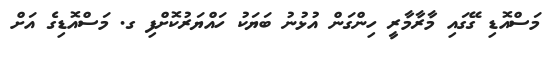
މަސްއޮޑި ގޭގައި މާރާމާރީ ހިންގަން އުޅުނު ބަޔަކު ހައްޔަރުކޮށްފި ގ. މަސްއޮޑިގެ އަށް